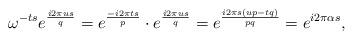
LaTeX: \begin{align*}\omega^{-ts}e^{\frac{i2\pi u s}{q}}=e^{\frac{-i2\pi t s}{p}}\cdot e^{\frac{i2\pi u s}{q}}=e^{\frac{i2\pi s(up-tq)}{pq}}=e^{i2\pi \alpha s},\end{align*}